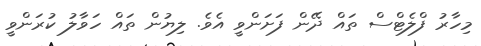
މިހާރު ފްލެޓްސް ތައް ދޭން ފަށަންވީ އެވެ. ލިޔުން ތައް ހަވާލު ކުރަންވީ